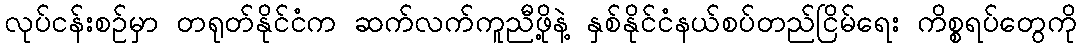
လုပ်ငန်းစဉ်မှာ တရုတ်နိုင်ငံက ဆက်လက်ကူညီဖို့နဲ့ နှစ်နိုင်ငံနယ်စပ်တည်ငြိမ်ရေး ကိစ္စရပ်တွေကို